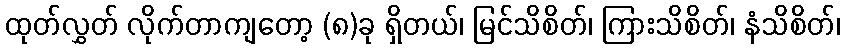
ထုတ်လွှတ် လိုက်တာကျတော့ (၈)ခု ရှိတယ်၊ မြင်သိစိတ်၊ ကြားသိစိတ်၊ နံသိစိတ်၊